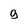
Character: 9